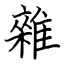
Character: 雜